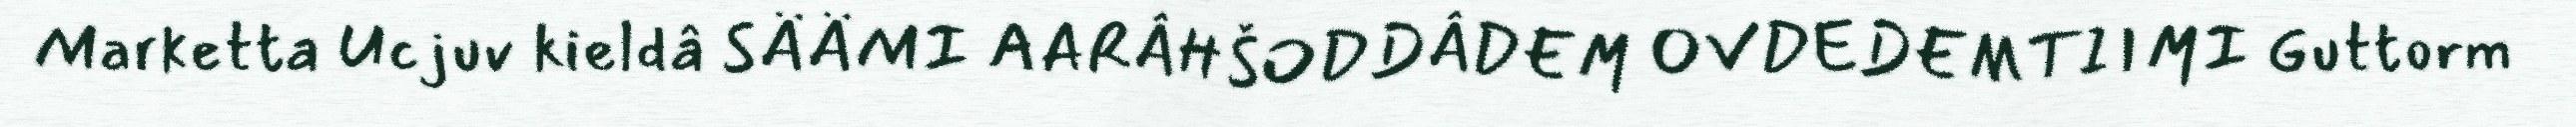
Marketta Ucjuv kieldâ SÄÄMI AARÂHŠODDÂDEM OVDEDEMTIIMI Guttorm